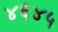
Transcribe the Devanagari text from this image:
४६४५